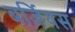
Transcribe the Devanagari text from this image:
बर्जियस